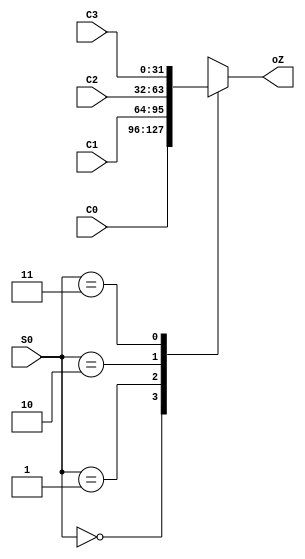
///////////////////////////////////////////////////////////////////////////////
// Type: Module
// Project: MIPS Pipeline CPU 54 Instructions
// Description: MUX
//
///////////////////////////////////////////////////////////////////////////////
`timescale 1ns / 1ps

module mux_4_32(
    input [31:0] C0,
    input [31:0] C1,
    input [31:0] C2,
    input [31:0] C3,
    input [1:0] S0,
    output [31:0] oZ
    );

    reg [31:0] temp;

    always @(*) begin
        case(S0)
            2'b00: temp <= C0;
            2'b01: temp <= C1;
            2'b10: temp <= C2;
            2'b11: temp <= C3;
            default: temp <= 31'bz;
        endcase
   end
   
   assign oZ = temp;
   
endmodule